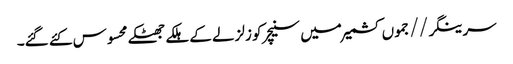
سرینگر//جموں کشمیر میں سنیچر کو زلزلے کے ہلکے جھٹکے محسوس کئے گئے۔